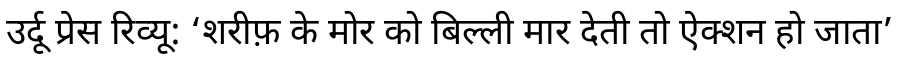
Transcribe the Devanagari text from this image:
उर्दू प्रेस रिव्यू: ‘शरीफ़ के मोर को बिल्ली मार देती तो ऐक्शन हो जाता’